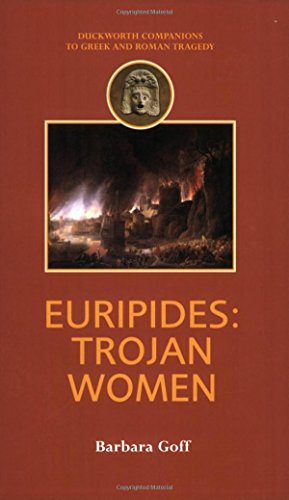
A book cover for Euripides: Trojan Women (Duckworth Companions to Greek & Roman Tragedy); Barbara Goff; Literature & Fiction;